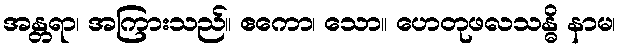
အန္တရာ၊ အကြားသည်။ ဧကော၊ သော။ ဟေတုဖလသန္ဓိ နာမ၊